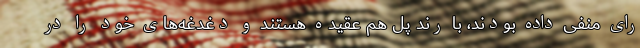
رای منفی داده بودند، با رند پل هم عقیده هستند و دغدغه‌های خود را در